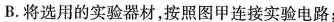
B.将选用的实验器材，按照图甲连接实验电路；